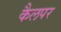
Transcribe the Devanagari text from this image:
कैलपर